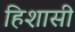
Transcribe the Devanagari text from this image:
हिशासी